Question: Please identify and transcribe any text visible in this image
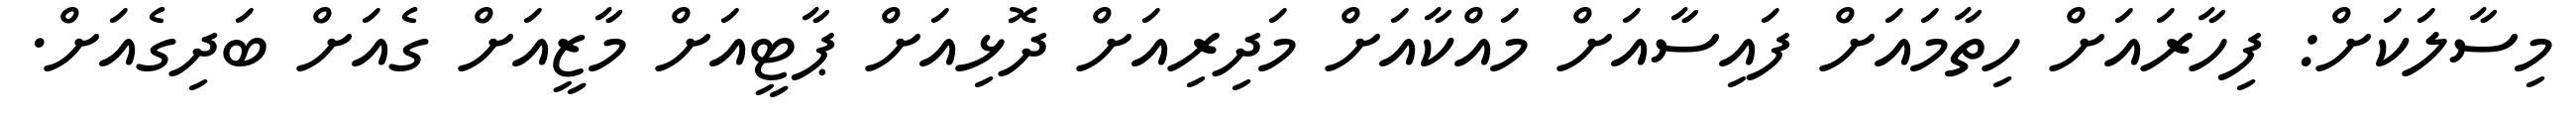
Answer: މިސާލަކަށް: ފިހާރައަށް ހިތާމައަށް ފައިސާއަށް މައްކާއަށް މަދިރިއަށް ދޮޅިއަށް ޕާޓީއަށް މާޒީއަށް ގެއަށް ބަދިގެއަށް.